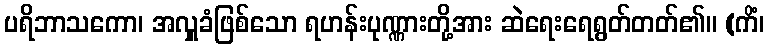
ပရိဘာသကော၊ အလှူခံဖြစ်သော ရဟန်းပုဏ္ဏားတို့အား ဆဲရေးရေရွတ်တတ်၏။ (ကိံ၊